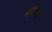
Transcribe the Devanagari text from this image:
मंत्रियो